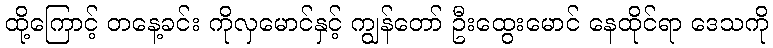
ထို့ကြောင့် တနေ့ခင်း ကိုလှမောင်နှင့် ကျွန်တော် ဦးထွေးမောင် နေထိုင်ရာ ဒေသကို